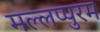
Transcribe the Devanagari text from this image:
मल्लप्पुरम